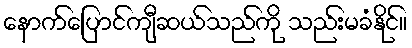
နောက်ပြောင်ကျီဆယ်သည်ကို သည်းမခံနိုင်။